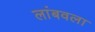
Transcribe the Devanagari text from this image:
लांबवला